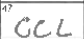
Transcription: CCL